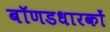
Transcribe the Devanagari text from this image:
बॉणडधारकों